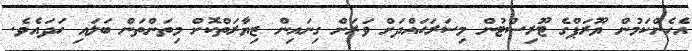
އެހެންކަމުން ޔޫރަޕްގެ ޓޫރިސްޓުން މިސަރަޙައްދަށް ވަރަށް ގިނައިން ޒިޔާރަތްކޮށް މިތަންތަން ބަލައި ހަަދައެވެ.